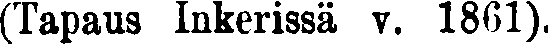
(Tapaus Inkerissä v. 1861).